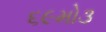
૬૯મો૩